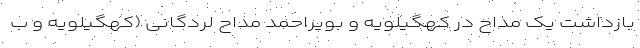
بازداشت یک مداح در کهگیلویه و بویراحمد مداح لردگانی (کهگیلویه و ب